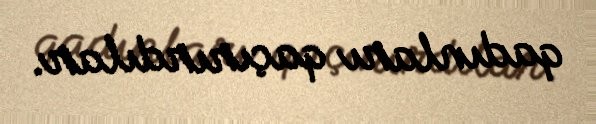
qadınları qaçırırdılar.